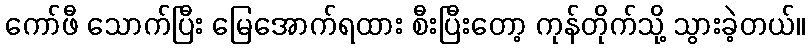
ကော်ဖီ သောက်ပြီး မြေအောက်ရထား စီးပြီးတော့ ကုန်တိုက်သို့ သွားခဲ့တယ်။